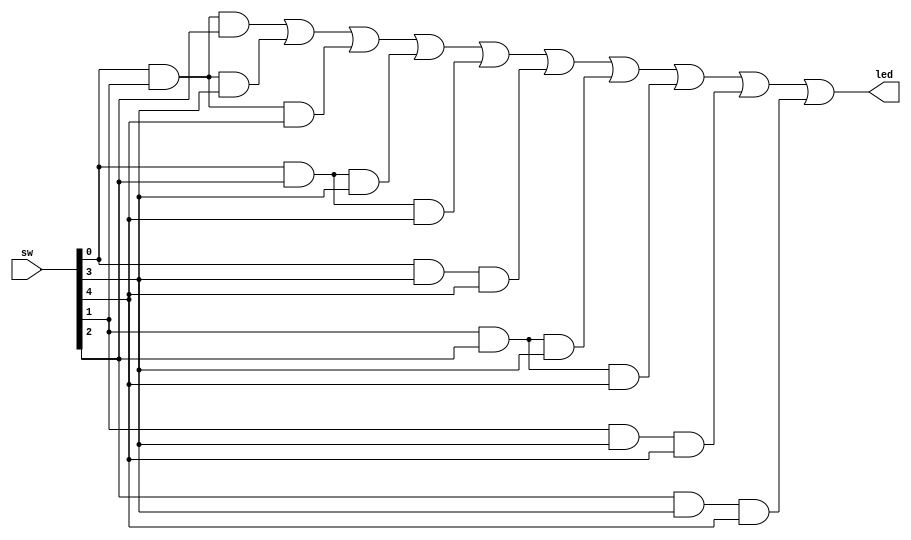
module MajorityCircuit(
    input [4:0]sw,
    output led
    );
assign led=(sw[0] & sw[1] & sw[2])|
        (sw[0] & sw[1] & sw[3])|
        (sw[0] & sw[1] & sw[4])|
        (sw[0] & sw[2] & sw[3])|
        (sw[0] & sw[2] & sw[4])|
        (sw[0] & sw[3] & sw[4])|
        (sw[1] & sw[2] & sw[3])|
        (sw[1] & sw[2] & sw[4])|
        (sw[1] & sw[3] & sw[4])|
        (sw[2] & sw[3] & sw[4]);                
endmodule